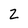
Character: 2